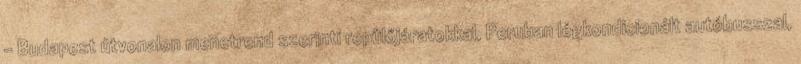
– Budapest útvonalon menetrend szerinti repülőjáratokkal, Peruban légkondicionált autóbusszal,